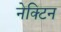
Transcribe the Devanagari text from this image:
नेक्टिन